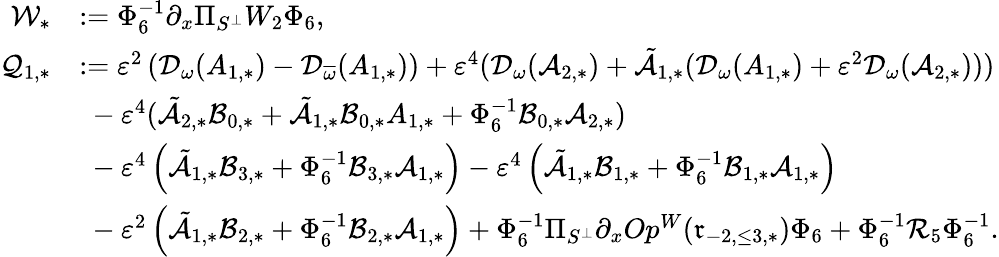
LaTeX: \begin{array}{rl}{\mathcal{W}_{*}}&{:=\Phi_{6}^{-1}\partial_{x}\Pi_{S^{\perp}}W_{2}\Phi_{6},}\\ {\mathcal{Q}_{1,*}}&{:=\varepsilon^{2}\left(\mathcal{D}_{{\omega}}(A_{1,*})-\mathcal{D}_{\overline{{\omega}}}(A_{1,*})\right)+\varepsilon^{4}(\mathcal{D}_{\omega}(\mathcal{A}_{2,*})+\tilde{\mathcal{A}}_{1,*}(\mathcal{D}_{\omega}(A_{1,*})+\varepsilon^{2}\mathcal{D}_{\omega}(\mathcal{A}_{2,*})))}\\ &{\ -\varepsilon^{4}(\tilde{\mathcal{A}}_{2,*}\mathcal{B}_{0,*}+\tilde{\mathcal{A}}_{1,*}\mathcal{B}_{0,*}A_{1,*}+\Phi_{6}^{-1}\mathcal{B}_{0,*}\mathcal{A}_{2,*})}\\ &{\ -\varepsilon^{4}\left(\tilde{\mathcal{A}}_{1,*}\mathcal{B}_{3,*}+\Phi_{6}^{-1}\mathcal{B}_{3,*}\mathcal{A}_{1,*}\right)-\varepsilon^{4}\left(\tilde{\mathcal{A}}_{1,*}\mathcal{B}_{1,*}+\Phi_{6}^{-1}\mathcal{B}_{1,*}\mathcal{A}_{1,*}\right)}\\ &{\ -\varepsilon^{2}\left(\tilde{\mathcal{A}}_{1,*}\mathcal{B}_{2,*}+\Phi_{6}^{-1}\mathcal{B}_{2,*}\mathcal{A}_{1,*}\right)+\Phi_{6}^{-1}\Pi_{S^{\perp}}\partial_{x}Op^{W}(\mathfrak{r}_{-2,\le 3,*})\Phi_{6}+\Phi_{6}^{-1}\mathcal{R}_{5}\Phi_{6}^{-1}.}\end{array}